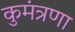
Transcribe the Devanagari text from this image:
कुमंत्रणा